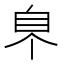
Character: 𦣿